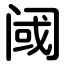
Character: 阈